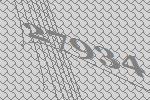
27934